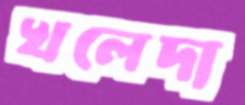
খলেদা